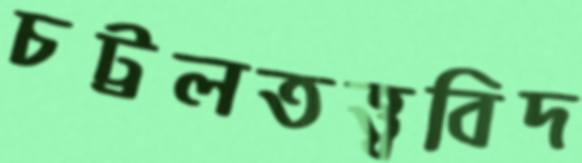
চট্টলতত্ত্ববিদ